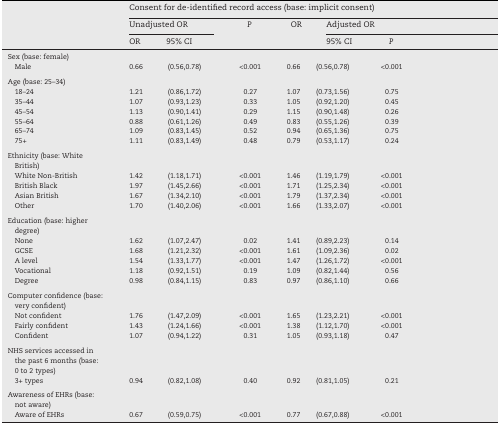
<table><thead><tr><td rowspan="3"></td><td colspan="6"><b>Consent for de-identified record access (base: implicit consent)</b></td></tr><tr><td colspan="2"><b>Unadjusted OR</b></td><td rowspan="2"><b><i>P</i></b></td><td rowspan="2"><b>OR</b></td><td colspan="2"><b>Adjusted OR</b></td></tr><tr><td><b>OR</b></td><td><b>95% CI</b></td><td><b>95% CI</b></td><td><b><i>P</i></b></td></tr></thead><tbody><tr><td>Sex (base: female)</td><td></td><td></td><td></td><td></td><td></td><td></td></tr><tr><td> Male</td><td>0.66</td><td>(0.56,0.78)</td><td>&lt;0.001</td><td>0.66</td><td>(0.56,0.78)</td><td>&lt;0.001</td></tr><tr><td colspan="7">  </td></tr><tr><td>Age (base: 25–34)</td><td></td><td></td><td></td><td></td><td></td><td></td></tr><tr><td> 18–24</td><td>1.21</td><td>(0.86,1.72)</td><td>0.27</td><td>1.07</td><td>(0.73,1.56)</td><td>0.75</td></tr><tr><td> 35–44</td><td>1.07</td><td>(0.93,1.23)</td><td>0.33</td><td>1.05</td><td>(0.92,1.20)</td><td>0.45</td></tr><tr><td> 45–54</td><td>1.13</td><td>(0.90,1.41)</td><td>0.29</td><td>1.15</td><td>(0.90,1.48)</td><td>0.26</td></tr><tr><td> 55–64</td><td>0.88</td><td>(0.61,1.26)</td><td>0.49</td><td>0.83</td><td>(0.55,1.26)</td><td>0.39</td></tr><tr><td> 65–74</td><td>1.09</td><td>(0.83,1.45)</td><td>0.52</td><td>0.94</td><td>(0.65,1.36)</td><td>0.75</td></tr><tr><td> 75+</td><td>1.11</td><td>(0.83,1.49)</td><td>0.48</td><td>0.79</td><td>(0.53,1.17)</td><td>0.24</td></tr><tr><td colspan="7">  </td></tr><tr><td>Ethnicity (base: White British)</td><td></td><td></td><td></td><td></td><td></td><td></td></tr><tr><td> White Non-British</td><td>1.42</td><td>(1.18,1.71)</td><td>&lt;0.001</td><td>1.46</td><td>(1.19,1.79)</td><td>&lt;0.001</td></tr><tr><td> British Black</td><td>1.97</td><td>(1.45,2.66)</td><td>&lt;0.001</td><td>1.71</td><td>(1.25,2.34)</td><td>&lt;0.001</td></tr><tr><td> Asian British</td><td>1.67</td><td>(1.34,2.10)</td><td>&lt;0.001</td><td>1.79</td><td>(1.37,2.34)</td><td>&lt;0.001</td></tr><tr><td> Other</td><td>1.70</td><td>(1.40,2.06)</td><td>&lt;0.001</td><td>1.66</td><td>(1.33,2.07)</td><td>&lt;0.001</td></tr><tr><td colspan="7">  </td></tr><tr><td>Education (base: higher degree)</td><td></td><td></td><td></td><td></td><td></td><td></td></tr><tr><td> None</td><td>1.62</td><td>(1.07,2.47)</td><td>0.02</td><td>1.41</td><td>(0.89,2.23)</td><td>0.14</td></tr><tr><td> GCSE</td><td>1.68</td><td>(1.21,2.32)</td><td>&lt;0.001</td><td>1.61</td><td>(1.09,2.36)</td><td>0.02</td></tr><tr><td> A level</td><td>1.54</td><td>(1.33,1.77)</td><td>&lt;0.001</td><td>1.47</td><td>(1.26,1.72)</td><td>&lt;0.001</td></tr><tr><td> Vocational</td><td>1.18</td><td>(0.92,1.51)</td><td>0.19</td><td>1.09</td><td>(0.82,1.44)</td><td>0.56</td></tr><tr><td> Degree</td><td>0.98</td><td>(0.84,1.15)</td><td>0.83</td><td>0.97</td><td>(0.86,1.10)</td><td>0.66</td></tr><tr><td colspan="7">  </td></tr><tr><td>Computer confidence (base: very confident)</td><td></td><td></td><td></td><td></td><td></td><td></td></tr><tr><td> Not confident</td><td>1.76</td><td>(1.47,2.09)</td><td>&lt;0.001</td><td>1.65</td><td>(1.23,2.21)</td><td>&lt;0.001</td></tr><tr><td> Fairly confident</td><td>1.43</td><td>(1.24,1.66)</td><td>&lt;0.001</td><td>1.38</td><td>(1.12,1.70)</td><td>&lt;0.001</td></tr><tr><td> Confident</td><td>1.07</td><td>(0.94,1.22)</td><td>0.31</td><td>1.05</td><td>(0.93,1.18)</td><td>0.47</td></tr><tr><td colspan="7">  </td></tr><tr><td>NHS services accessed in the past 6 months (base: 0 to 2 types)</td><td></td><td></td><td></td><td></td><td></td><td></td></tr><tr><td> 3+ types</td><td>0.94</td><td>(0.82,1.08)</td><td>0.40</td><td>0.92</td><td>(0.81,1.05)</td><td>0.21</td></tr><tr><td colspan="7">  </td></tr><tr><td>Awareness of EHRs (base: not aware)</td><td></td><td></td><td></td><td></td><td></td><td></td></tr><tr><td> Aware of EHRs</td><td>0.67</td><td>(0.59,0.75)</td><td>&lt;0.001</td><td>0.77</td><td>(0.67,0.88)</td><td>&lt;0.001</td></tr></tbody></table>